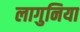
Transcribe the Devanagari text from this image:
लागुनिया